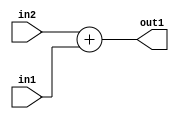
`timescale 1ps / 1ps
/*****************************************************************************
    Verilog RTL Description
    
    
    Created by: Stratus DpOpt 2019.1.01 
*******************************************************************************/

module GaussianFilter_Add_2Ux1U_2U_1 (
	in2,
	in1,
	out1
	); /* architecture "behavioural" */ 
input [1:0] in2;
input  in1;
output [1:0] out1;
wire [1:0] asc001;

assign asc001 = 
	+(in2)
	+(in1);

assign out1 = asc001;
endmodule

/* CADENCE  ubDySA0= : u9/ySgnWtBlWxVPRXgAZ4Og= ** DO NOT EDIT THIS LINE ******/